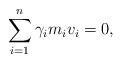
\begin{align*} \sum_{i=1}^n\gamma_im_iv_i=0,\end{align*}